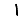
Digit: 1